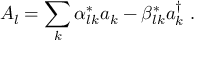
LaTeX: A _ { l } = \sum _ { k } \alpha _ { l k } ^ { * } a _ { k } - \beta _ { l k } ^ { * } a _ { k } ^ { \dagger } \; .